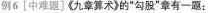
例6[中难题]《九章算术》的”勾股”章有一题：